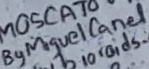
Text: By Miguel Canel